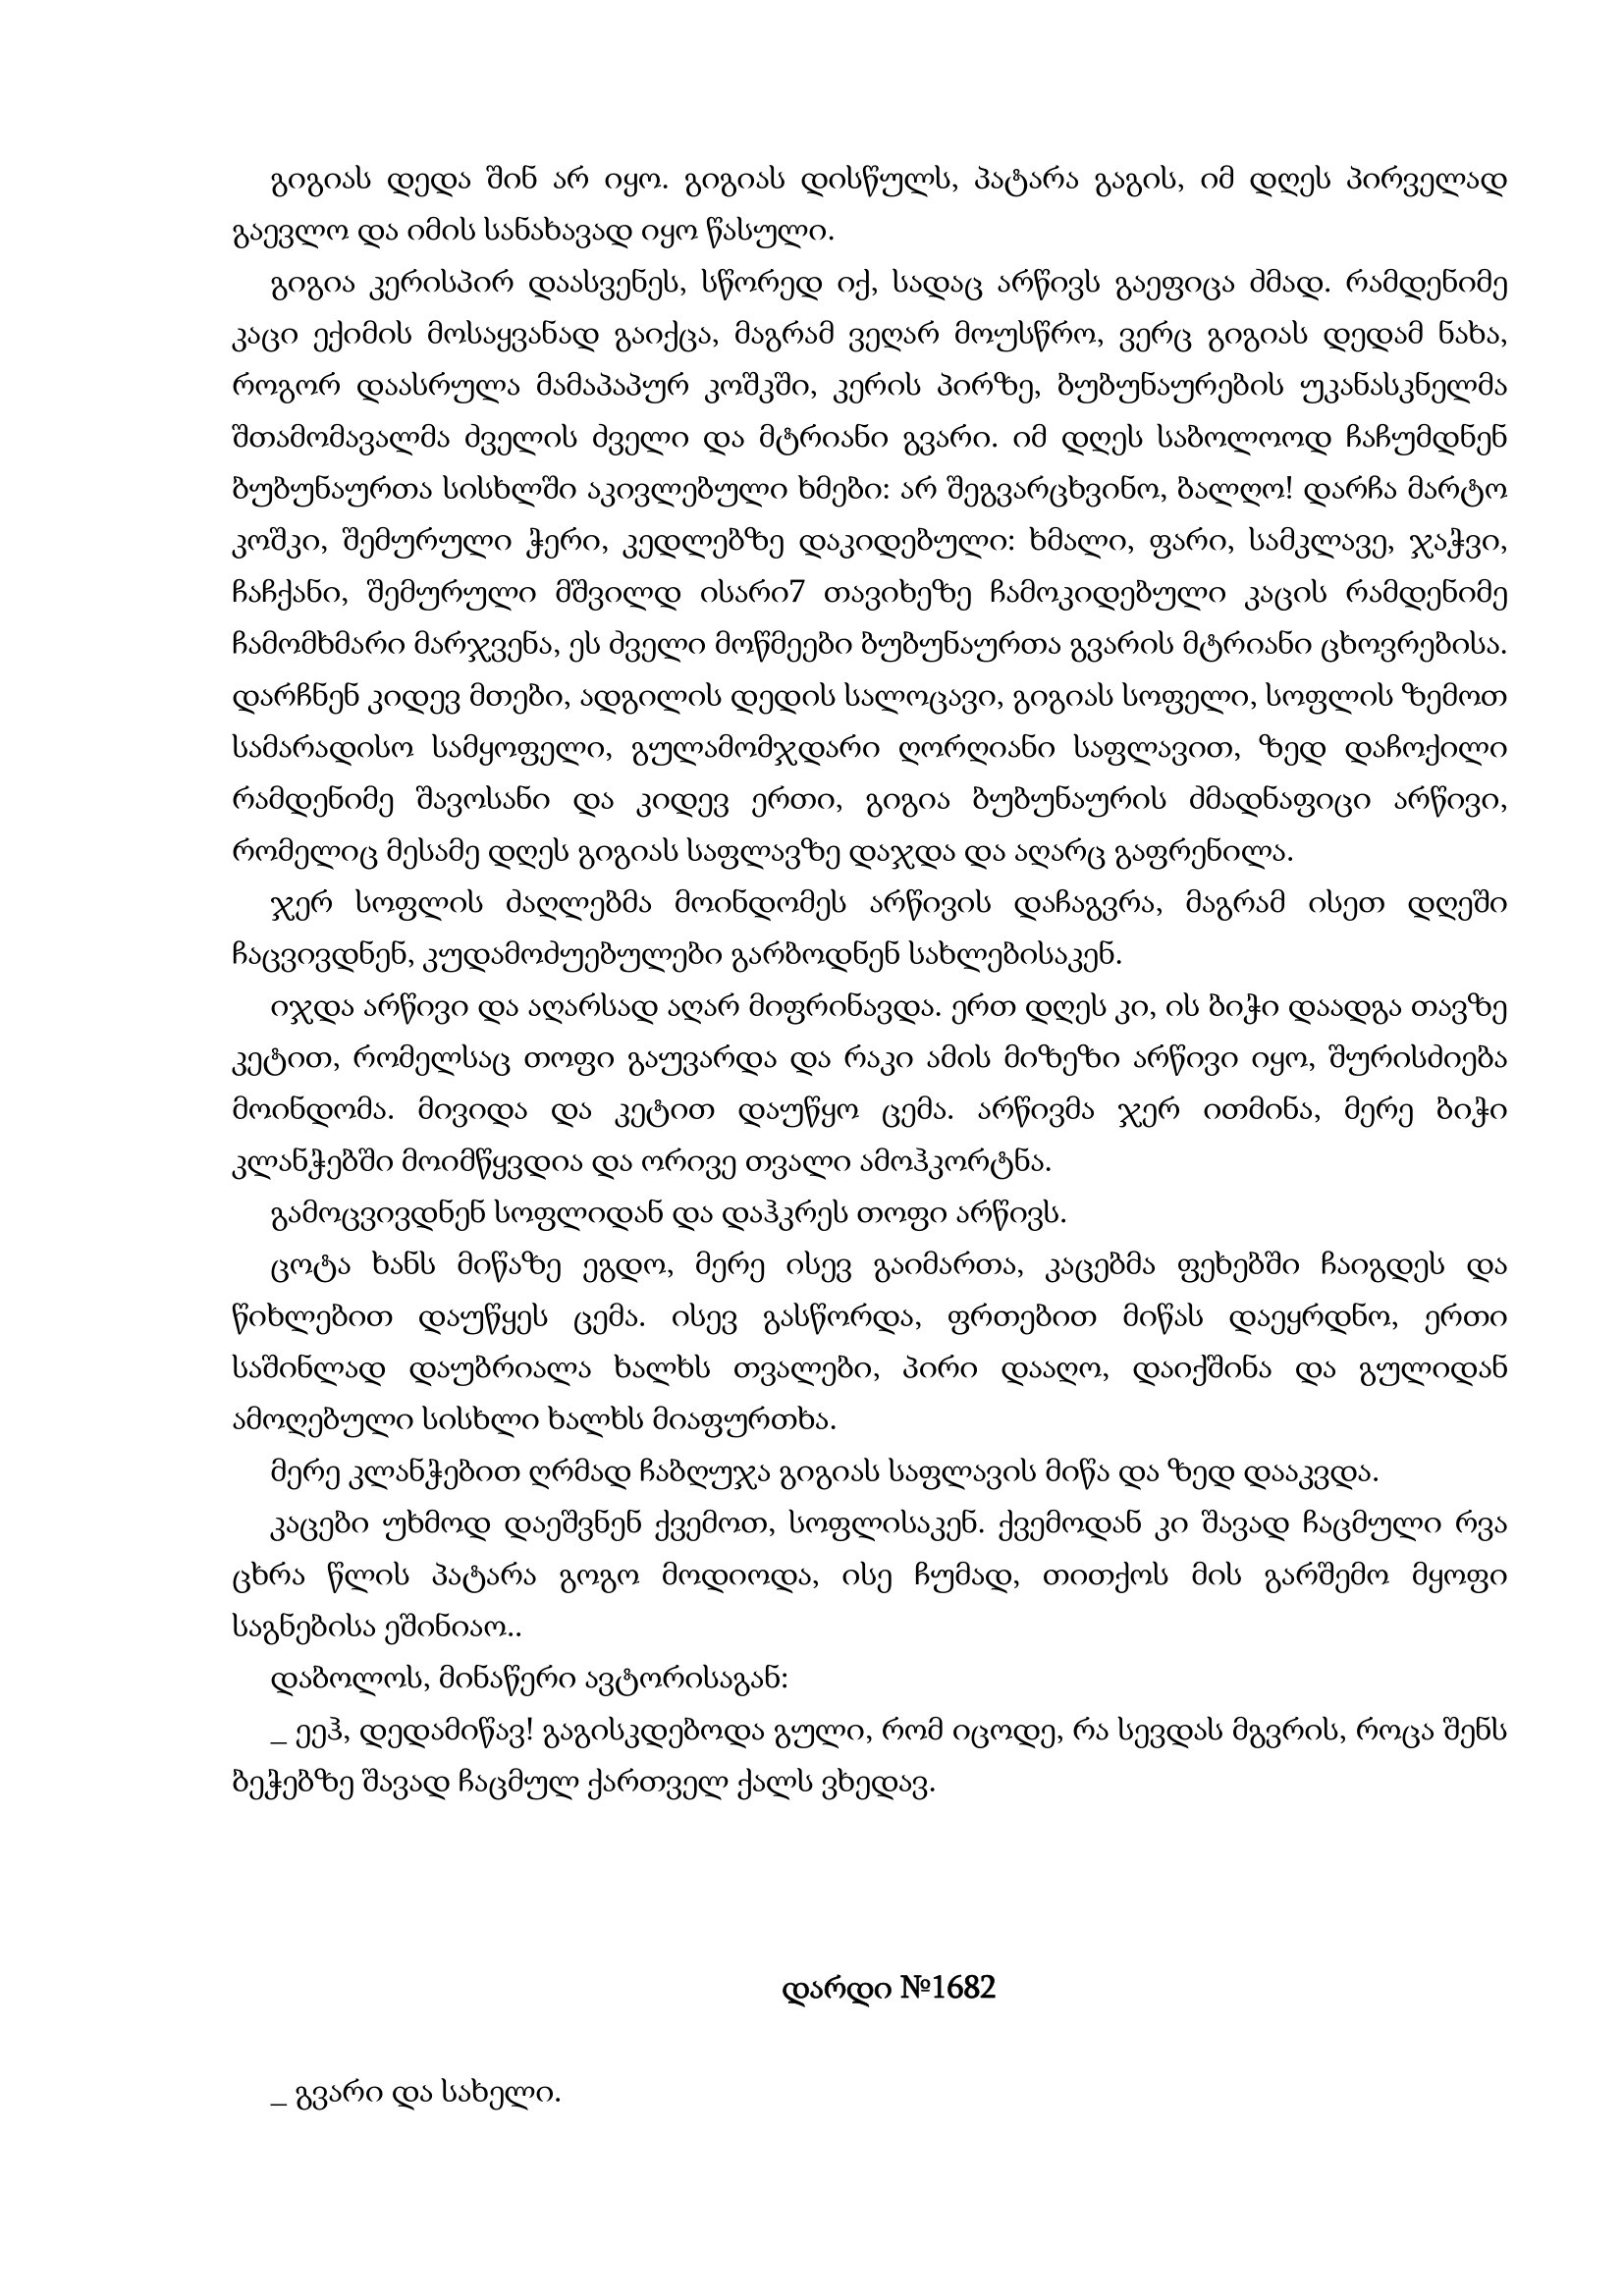
Language: gr